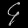
Digit: ၄